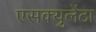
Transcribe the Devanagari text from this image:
एसक्युलेंटा